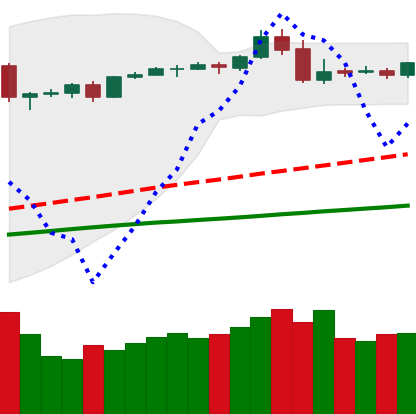
Ticker: BTC-USD
Chart end date: 2019-04-30
Forward return: 8.316%
Label: up_7plus